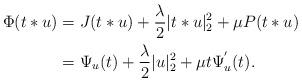
LaTeX: \begin{align*}\Phi(t*u)&=J(t*u)+\frac{\lambda}{2}|t*u|_{2}^{2}+\mu P(t*u)\\&=\Psi_{u}(t)+\frac{\lambda}{2}|u|_{2}^{2}+\mu t \Psi^{'}_{u}(t).\end{align*}